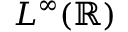
L ^ { \infty } ( \mathbb { R } )